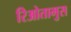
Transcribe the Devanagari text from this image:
रिओतामुस